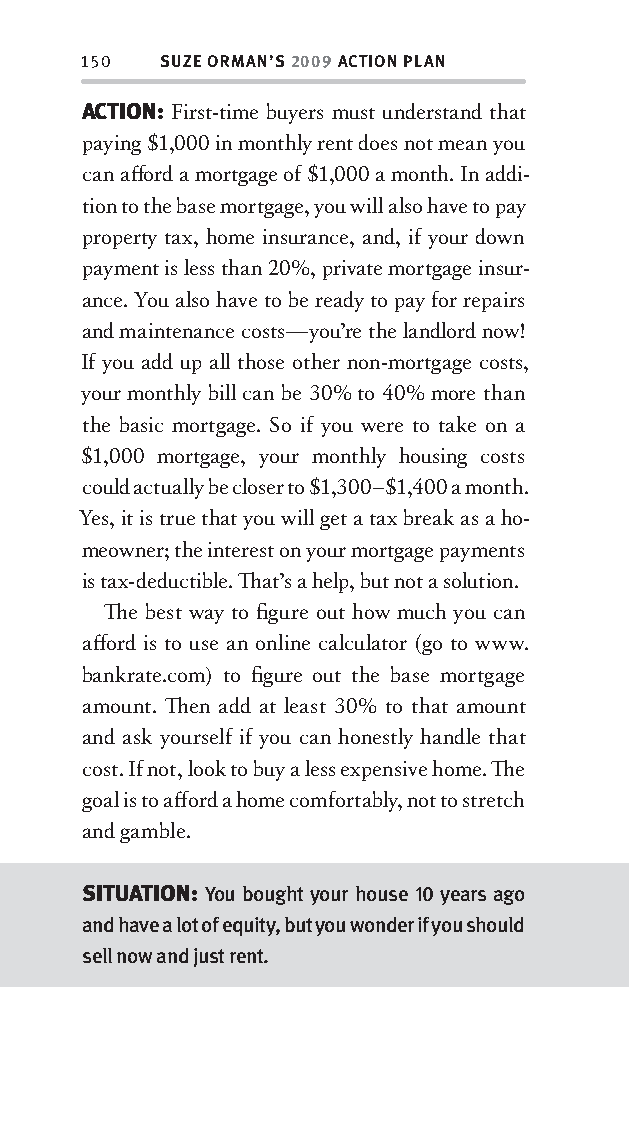
150  SUZE ORMAN’S 2009 ACTION PLAN
 ACTION: First-time buyers must understand that
 paying $1,000 in monthly rent does not mean you
 can aff ord a mortgage of $1,000 a month. In addi-
 tion to the base mortgage, you will also have to pay
 property tax, home insurance, and, if your down
 payment is less than 20%, private mortgage insur-
 ance. You also have to be ready to pay for repairs
 and maintenance costs—you’re the landlord now!
 If you add up all those other non-mortgage costs,
 your monthly bill can be 30% to 40% more than
 the basic mortgage. So if you were to take on a
 $1,000 mortgage, your monthly housing costs
 could actually be closer to $1,300–$1,400 a month.
 Yes, it is true that you will get a tax break as a ho-
 meowner; the interest on your mortgage payments
 is tax-deductible. Th at’s a help, but not a solution.
 Th e best way to fi gure out how much you can
 aff ord is to use an online calculator (go to www.
 bankrate.com) to fi gure out the base mortgage
 amount. Th en add at least 30% to that amount
 and ask yourself if you can honestly handle that
 cost. If not, look to buy a less expensive home. Th e
 goal is to aff ord a home comfortably, not to stretch
 and gamble.
 SITUATION: You bought your house 10 years ago
 and have a lot of equity, but you wonder if you should
 sell now and just rent.
 OOrrmmaa__99778800338855553300993344__44pp__aallll__rr11..iinndddd 115500 1122//33//0088 99::3311::3300 AAMM